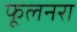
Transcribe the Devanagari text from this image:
फूलनरा